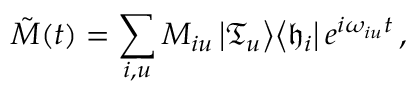
\tilde { M } ( t ) = \sum _ { i , u } M _ { i u } \left| \mathfrak { T } _ { u } \right> \! \left< \mathfrak { h } _ { i } \right| e ^ { i \omega _ { i u } t } \, ,